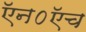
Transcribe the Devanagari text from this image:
ऍन०ऍच